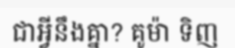
ជាអ្វីនឹងគ្នា? គូម៉ា ទិញ